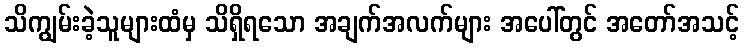
သိကျွမ်းခဲ့သူများထံမှ သိရှိရသော အချက်အလက်များ အပေါ်တွင် အတော်အသင့်